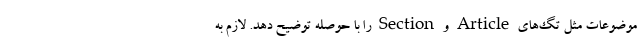
موضوعات مثل تگ‌های Article و Section را با حوصله توضیح دهد. لازم به